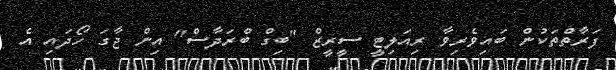
ފަރާތްތަކުން ބައިވެރިވާ ރިއަލިޓީ ސީރީޒް "ބިގް ބްރަދާސް" އިން ޖާގަ ހޯދައި އެ